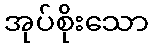
အုပ်စိုးသော